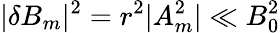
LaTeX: |\delta B_{m}|^{2}=r^{2}|A_{m}^{2}|\ll B_{0}^{2}